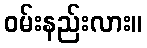
ဝမ်းနည်းလား။